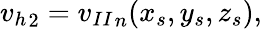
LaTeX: \begin{array}{r}{{v_{h}}_{2}={v_{II}}_{n}(x_{s},y_{s},z_{s}),}\end{array}